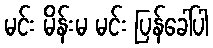
မင်း မိန်းမ မင်း ပြန်ခေါ်ပါ